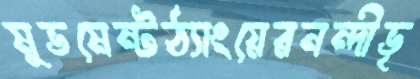
মুভমেন্টঠ্যাংয়েরনন্দীভৃ